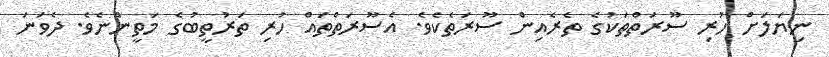
ނިޔަލަށް ހުރި ސޫރަތްތަކުގެ ތެރެއިން ސޫރަތެކެވެ. އެސޫރަތްތައް ހުރި ތަރުތީބުގެ މަތީންނެވެ. ދެވަނަ